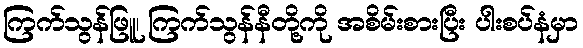
ကြက်သွန်ဖြူ၊ ကြက်သွန်နီတို့ကို အစိမ်းစားပြီး ပါးစပ်နံမှာ